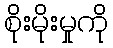
စိုးမိုးမှုကို